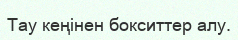
Тау кеңінен бокситтер алу.